Annual administration report of the Civil Veterinary Department, Ajmere-Merwara, British Rajputana - 1914-1940
Year: 1914
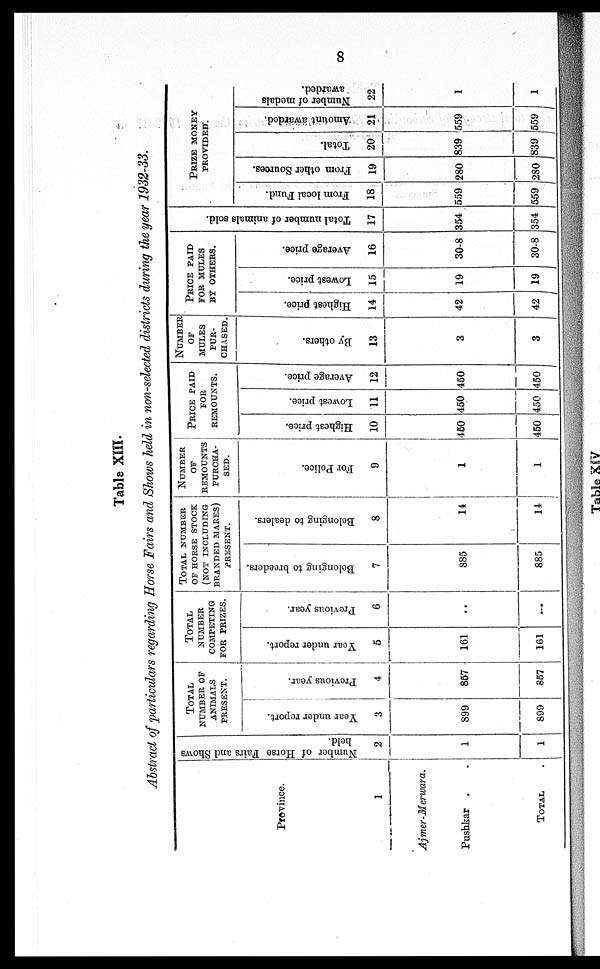
8
Table XIII.
Abstract of particulars regarding Horse Fairs and Shows held in non-selected districts during the year 1932-33.
Province.
1
Ajmer-Merwara.
Pushkar . .
TOTAL .
Number of Horse Fairs and Shows
held.
2
1
1
TOTAL
NUMBER OF
ANIMALS
PRESENT.
Year under report.
3
899
899
Previous year.
4
857
857
TOTAL
NUMBER
COMPETING
FOR PRIZES.
Year under report.
5
161
161
Previous year.
6
..
...
TOTAL NUMBER
OF HORSE STOCK
(NOT INCLUDING
BRANDED MARES)
PRESENT.
Belonging to breeders.
7
885
885
Belonging to dealers.
8
14
14
NUMBER
OF
REMOUNTS
PURCHA-
SED.
For Police.
9
1
1
PRICE
PAID
FOR
REMOUNTS.
Highest price.
10
450
450
Lowest price.
11
450
450
Average price.
12
450
450
NUMBER
OF
MULES
PUR-
CHASED.
By others.
13
3
3
PRICE
PAID
FOR MULES
BY OTHERS.
Highest price.
14
42
42
Lowest price.
15
19
19
Average price.
16
30.8
30.8
Total number of animals sold.
17
354
354
PRIZE
MONEY
PROVIDED.
From local Fund.
18
559
559
From other Sources.
19
280
280
Total.
20
839
839
Amount awarded.
21
559
559
Number of medals
awarded.
22
1
1